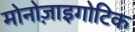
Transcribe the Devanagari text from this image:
मोनोज़ाइगोटिक